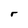
Character: r